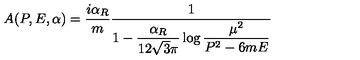
A ( P , E , \alpha ) = { \frac { i \alpha _ { R } } { m } } { \frac { 1 } { 1 - \displaystyle { \frac { \alpha _ { R } } { 1 2 \sqrt { 3 } \pi } } \log \displaystyle { { \frac { \mu ^ { 2 } } { P ^ { 2 } - 6 m E } } } } }